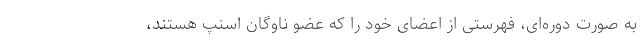
به‌ صورت دوره‌ای، فهرستی از اعضای خود را که عضو ناوگان اسنپ هستند،